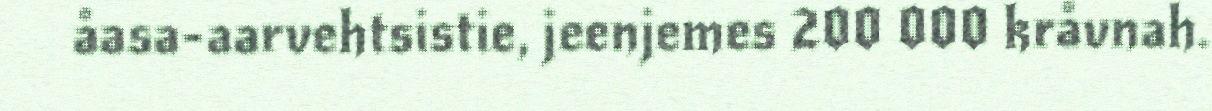
åasa-aarvehtsistie, jeenjemes 200 000 kråvnah.